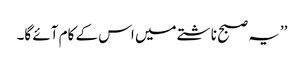
’’یہ صبح ناشتے میں اس کے کام آئے گا۔